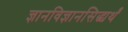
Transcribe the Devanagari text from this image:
ज्ञानविज्ञानसिद्ध्यर्थं